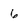
Character: 6